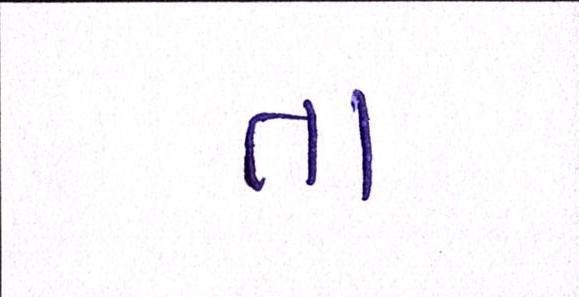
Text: તા